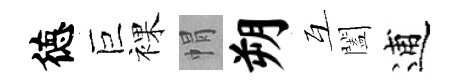
徳巨裸㡌朔互闔逋